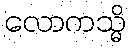
လောကသ္မိ